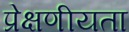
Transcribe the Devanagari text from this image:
प्रेक्षणीयता